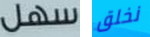
سهل نخلق